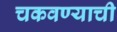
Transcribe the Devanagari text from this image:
चकवण्याची